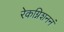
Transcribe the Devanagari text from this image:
रेकग्निशननं